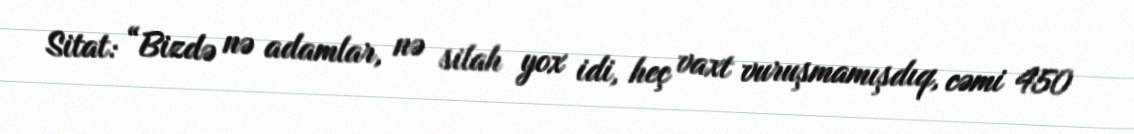
Sitat: “Bizdə nə adamlar, nə silah yox idi, heç vaxt vuruşmamışdıq, cəmi 450